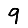
Digit: 9